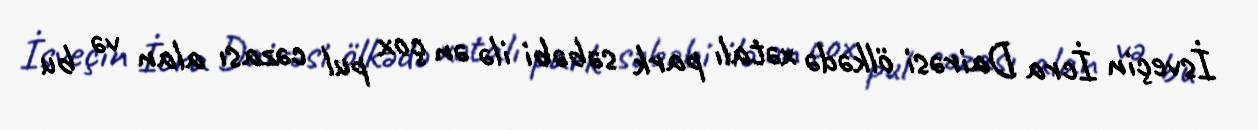
İsveçin İcra Dairəsi ölkədə xətalı park səbəbi ilə ən çox pul cəzası alan və bu